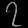
Digit: ၇